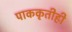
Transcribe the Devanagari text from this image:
पाककृतीही